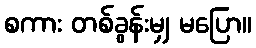
စကား တစ်ခွန်းမျှ မပြော။